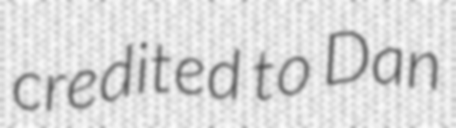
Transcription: credited to Dan